画像に写った文字を読んでください
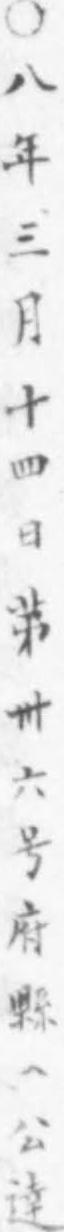
「○八年三月十四日苐卅六号府縣ヘ公達」と書いてあります